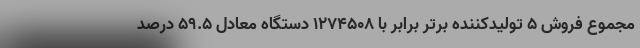
مجموع فروش 5 تولیدکننده برتر برابر با 1274508 دستگاه معادل 59.5 درصد